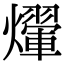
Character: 𤑱